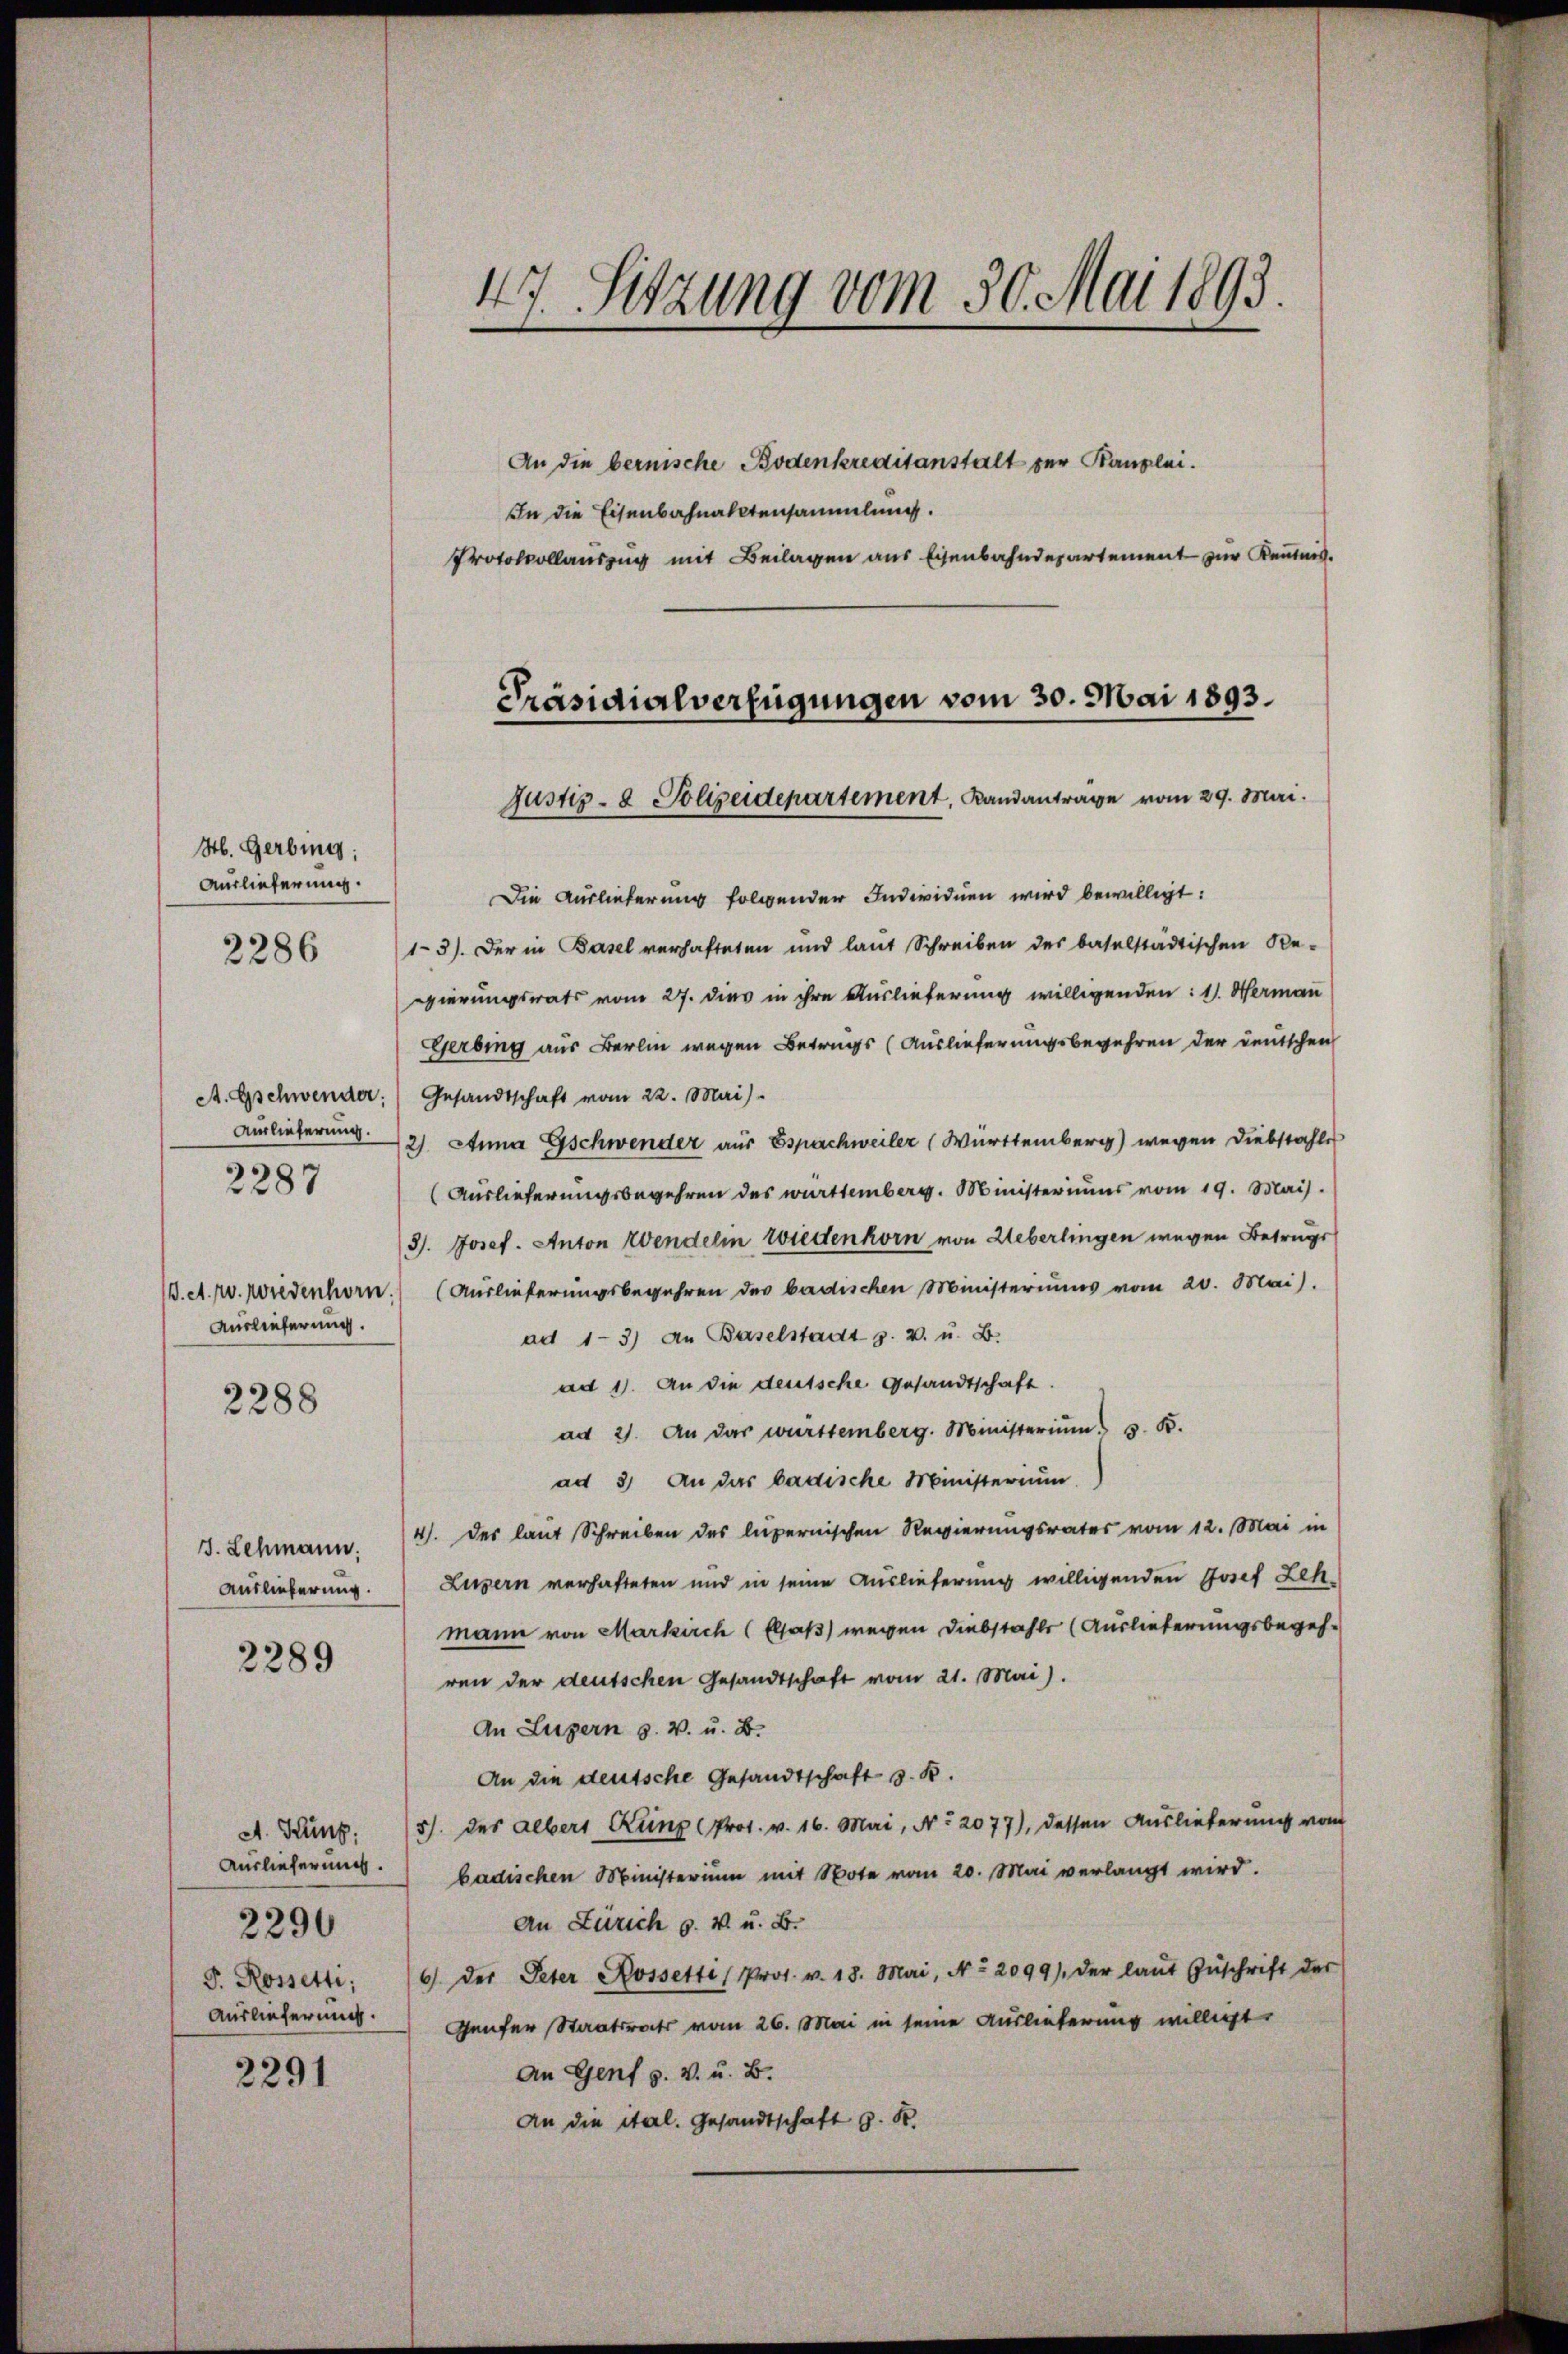
H. Gerbing:
Auslieferung.
2286

Auslieferung.

2287

2288

J. Lehmann.
Auslieferung.

2289

A. Hung
Auslieferung.
F. Rossetti,
Auslieferung.

2290

2291

47. Sitzung vom 30. Mai 1893.

An die bernische Bodenkreditanstalt zur Kanzlei.
In die Eisenbahnaktensammlung.
Protokollauszug mit Beilagen aus Eisenbahndepartement zur Kenntnis.

Präsidialverfügungen vom 30. Mai 1893.
Justiz- & Polizeidepartement, Landanträge vom 29. Mai.

Die Auslieferung folgender Individuen wird bewilligt:
13). Der in Basel verhafteten und laut Schreiben des baselstädtischen Re-
gierungsrats vom 27. dies in ihre Auslieferung willigenden: 1. Herman
Gerbing aus Berlin wegen Betrugs (Auslieferungsbegehren der deutschen
A. Gschwender: Gesandtschaft vom 22. Mai)
Auslieferung 2) Anna Gschwender aus Espachweiler (Württemberg) wegen Diebstahles
(Auslieferungsbegehren des württemberg. Ministeriums vom 19. Mai.
3/. Josef. Anton Wendelin wiedenkorn von Ueberlingen wegen Betrugs
1. A. v. Wiedenhorn. (Auslieferungsbegehren des badischen Ministeriums vom 20. Mai).
ad 1-3) an Baselstadt z. v. u. B.
ad 1. An die deutsche Gesandtschaft.
ad 2. An das württemberg. Ministerium s. B.
ad 3) An das badische Ministerium
4. des laut Schreiben des lupernischen Regierungsrates vom 12. Mai in
Luzern verhafteten und in seine Auslieferung willigenden Josef Leh
mann von Markirch (Elsaß) wegen Diebstahls (Auslieferungsbegehren der deutschen Gesandtschaft vom 21. Mai).
An Luzern s. v. u. B.
An die deutsche Gesandtschaft z. B.
5/. des Albert Küng Prot. v. 16. Mai, No. 2077), dessen Auslieferung vom
badischen Ministerium mit Note vom 20. Mai verlangt wird.
An Zürich p. v. u. B.
6) der Peter Rossetti (Pros. v. 18. Mai, No. 2099), der laŭt Zŭschrift der
Genfer Staatsrats vom 26. Mai in seine Auslieferung willigt.
An Genf s. v. u. B.
An die ital. Gesandtschaft G. K.